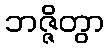
ဘဇ္ဇိတွာ